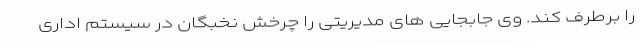
را برطرف کند. وی جابجایی های مدیریتی را چرخش نخبگان در سیستم اداری